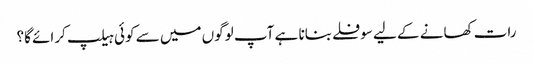
رات کھانے کے لیے سوفلے بنانا ہے آپ لوگوں میں سے کوئی ہیلپ کرائے گا؟